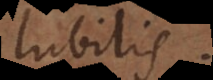
lubilis.